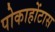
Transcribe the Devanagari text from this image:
पोकाहोंटास